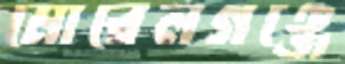
মোরেলগঞ্জে